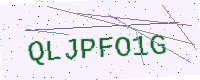
Text: QLJPFO1G